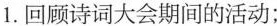
1.回顾诗词大会期间的活动；